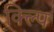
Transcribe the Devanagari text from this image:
क्ल्पि